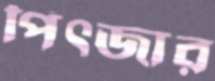
পিৎজার